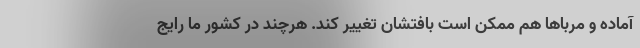
آماده و مرباها هم ممکن است بافتشان تغییر کند. هرچند در کشور ما رایج